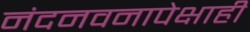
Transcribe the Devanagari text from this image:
नंदनवनापेक्षाही